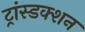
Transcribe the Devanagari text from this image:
ट्रांस्डक्शन